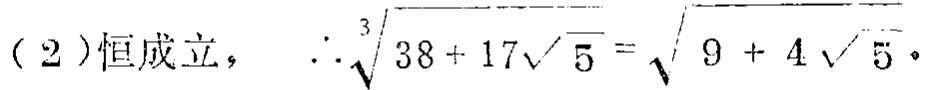
（2）恒成立， $\therefore \sqrt[3]{38 + 17\sqrt{5}} = \sqrt{9 + 4\sqrt{5}}$ 。